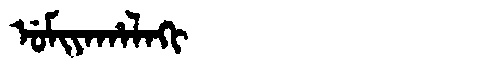
Manchu: ᡠᠮᡳᠶᠠᡥᠠᠯᠠᡴᡳ
Romanization: UMIYAHALAKI